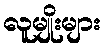
လူမျိုးများ